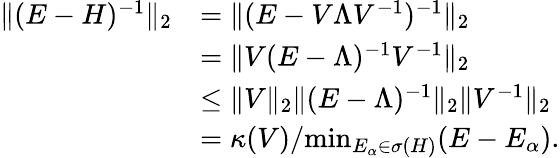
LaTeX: \begin{array}{rl}{\| (E-H)^{-1}\| _{2}}&{=\| (E-V\Lambda V^{-1})^{-1}\| _{2}}\\ &{=\| V(E-\Lambda)^{-1}V^{-1}\| _{2}}\\ &{\le\| V\| _{2}\| (E-\Lambda)^{-1}\| _{2}\| V^{-1}\| _{2}}\\ &{=\kappa(V)/\mathrm{min}_{E_{\alpha}\in\sigma(H)}(E-E_{\alpha}).}\end{array}